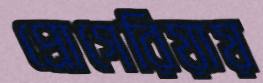
প্রোগেরিয়ায়